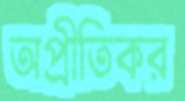
অপ্রীতিকর